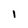
Character: 1